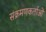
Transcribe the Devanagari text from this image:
संक्रमणकर्ताओं